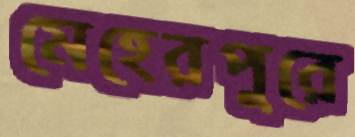
মেহেরপুরে